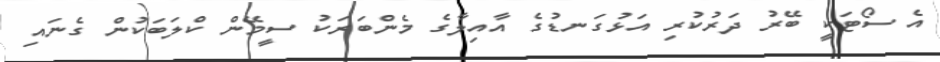
އެ ސޯޓަކީ ބޭރު ދަރުކުރި އަޅުގަނޑުގެ އާއިލާގެ މެންބަަރަކު ސީމޭން ކްލަބަކުން ގެނައި